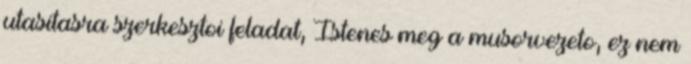
utasitasra szerkesztoi feladat, Istenes meg a musorvezeto, ez nem